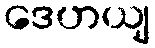
ဒေဟယျ